Vaccination in the Punjab 1883-1896 - 1883-1896
Year: 1883
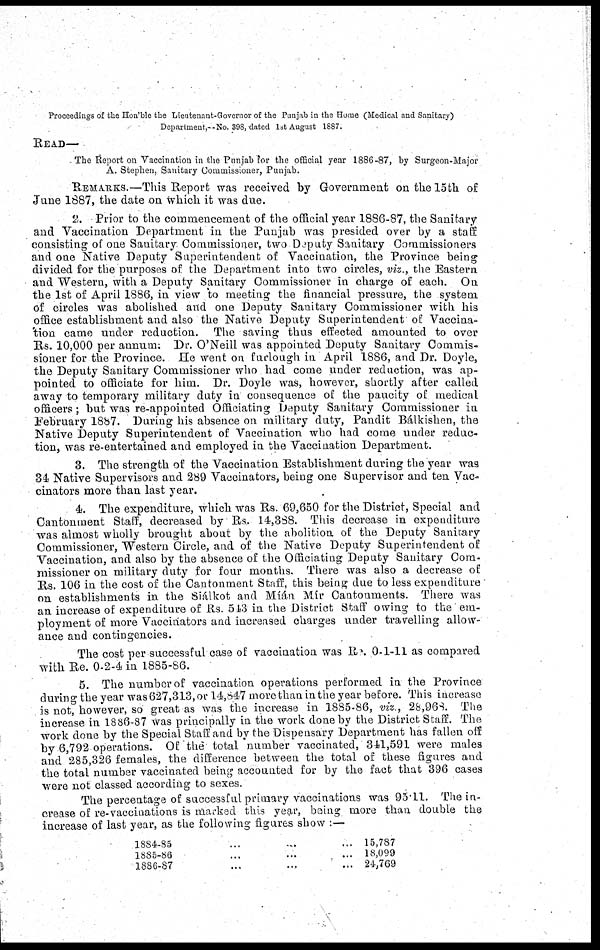
Proceedings of the Hon'ble the Lieutenant-Governor of the Punjab in the Home (Medical and Sanitary)
Department,—No. 398, dated 1st August 1887.
READ—
The Report on Vaccination in the Punjab for the official year 1886-87, by Surgeon-Major
A. Stephen, Sanitary Commissioner, Punjab.
REMARKS.—This Report was received by Government on the 15th of
June 1887, the date on which it was due.
2. Prior to the commencement of the official year 1886-87, the Sanitary
and Vaccination Department in the Punjab was presided over by a staff
consisting of one Sanitary Commissioner, two Deputy Sanitary Commissioners
and one Native Deputy Superintendent of Vaccination, the Province being
divided for the purposes of the Department into two circles, viz., the Eastern
and Western, with a Deputy Sanitary Commissioner in charge of each. On
the 1st of April 1886, in view to meeting the financial pressure, the system
of circles was abolished and one Deputy Sanitary Commissioner with his
office establishment and also the Native Deputy Superintendent of Vaccina¬
'tion came under reduction. The saving thus effected amounted to over
Rs. 10,000 per annum; Dr. O'Neill was appointed Deputy Sanitary Commis-
sioner for the Province. He went on furlough in April 1886, and Dr. Doyle,
the Deputy Sanitary Commissioner who had come under reduction, was ap-
pointed to officiate for him. Dr. Doyle was, however, shortly after called
away to temporary military duty in consequence of the paucity of medical
officers; but was re-appointed Officiating Deputy Sanitary Commissioner in
February 1887. During his absence on military duty, Pandit Bálkishen, the
Native Deputy Superintendent of Vaccination who had come under reduc-
tion, was re-entertained and employed in the Vaccination Department.
3. The strength of the Vaccination Establishment during the year was
34 Native Supervisors and 289 Vaccinators, being one Supervisor and ten Vac-
cinates more than last year.
4. The expenditure, which was Rs. 69,650 for the District, Special and
Cantonment Staff, decreased by Rs. 14,388. This decrease in expenditure
was almost wholly brought about by the abolition of the Deputy Sanitary
Commissioner, Western Circle, and of the Native Deputy Superintendent of
Vaccination, and also by the absence of the Officiating Deputy Sanitary Com-
missioner on military duty for four months. There was also a decrease of
Rs. 106 in the cost of the Cantonment Staff, this being due to less expenditure
on establishments in the Siálkot and Míán Mír Cantonments. There was
an increase of expenditure of Rs. 543 in the District Staff owing to the em-
ployment of more Vaccinators and increased charges under travelling allow-
ance and contingencies.
The cost per successful case of vaccination was Re.0-1-11 as compared
With Re. 0-2-4 in 1885-86.
5. The number of vaccination operations performed in the Province
during the year was 627,313, or 14,847 more than in the year before. This increase
is not, however, so great as was the increase in 1885-86, viz., 28,968. The
increase in 1886-87 was principally in the work done by the District Staff. The
work done by the Special Staff and by the Dispensary Department has fallen off
by 6,792 operations. Of the total number vaccinated, 341,591 were males
and 285,326 females, the difference between the total of these figures and
the total number vaccinated being accounted for by the fact that 396 cases
were not classed according to sexes.
The percentage of successful primary vaccinations was 95.11. The in-
crease of re-vaccinations is marked this year, being more than double the
increase of last year, as the following figures show :—
1884-85 ... ... ...
1885-86 ... ... ...
1886-87 ... ... ...
15,787
18,099
24,769